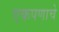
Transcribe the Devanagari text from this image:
एकपणाचे